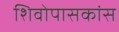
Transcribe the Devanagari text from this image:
शिवोपासकांस